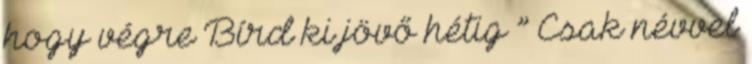
hogy végre Bírd ki jövő hétig ” Csak névvel